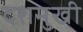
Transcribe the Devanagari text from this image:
दशमुखी